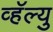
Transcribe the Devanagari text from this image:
व्हॅल्यु